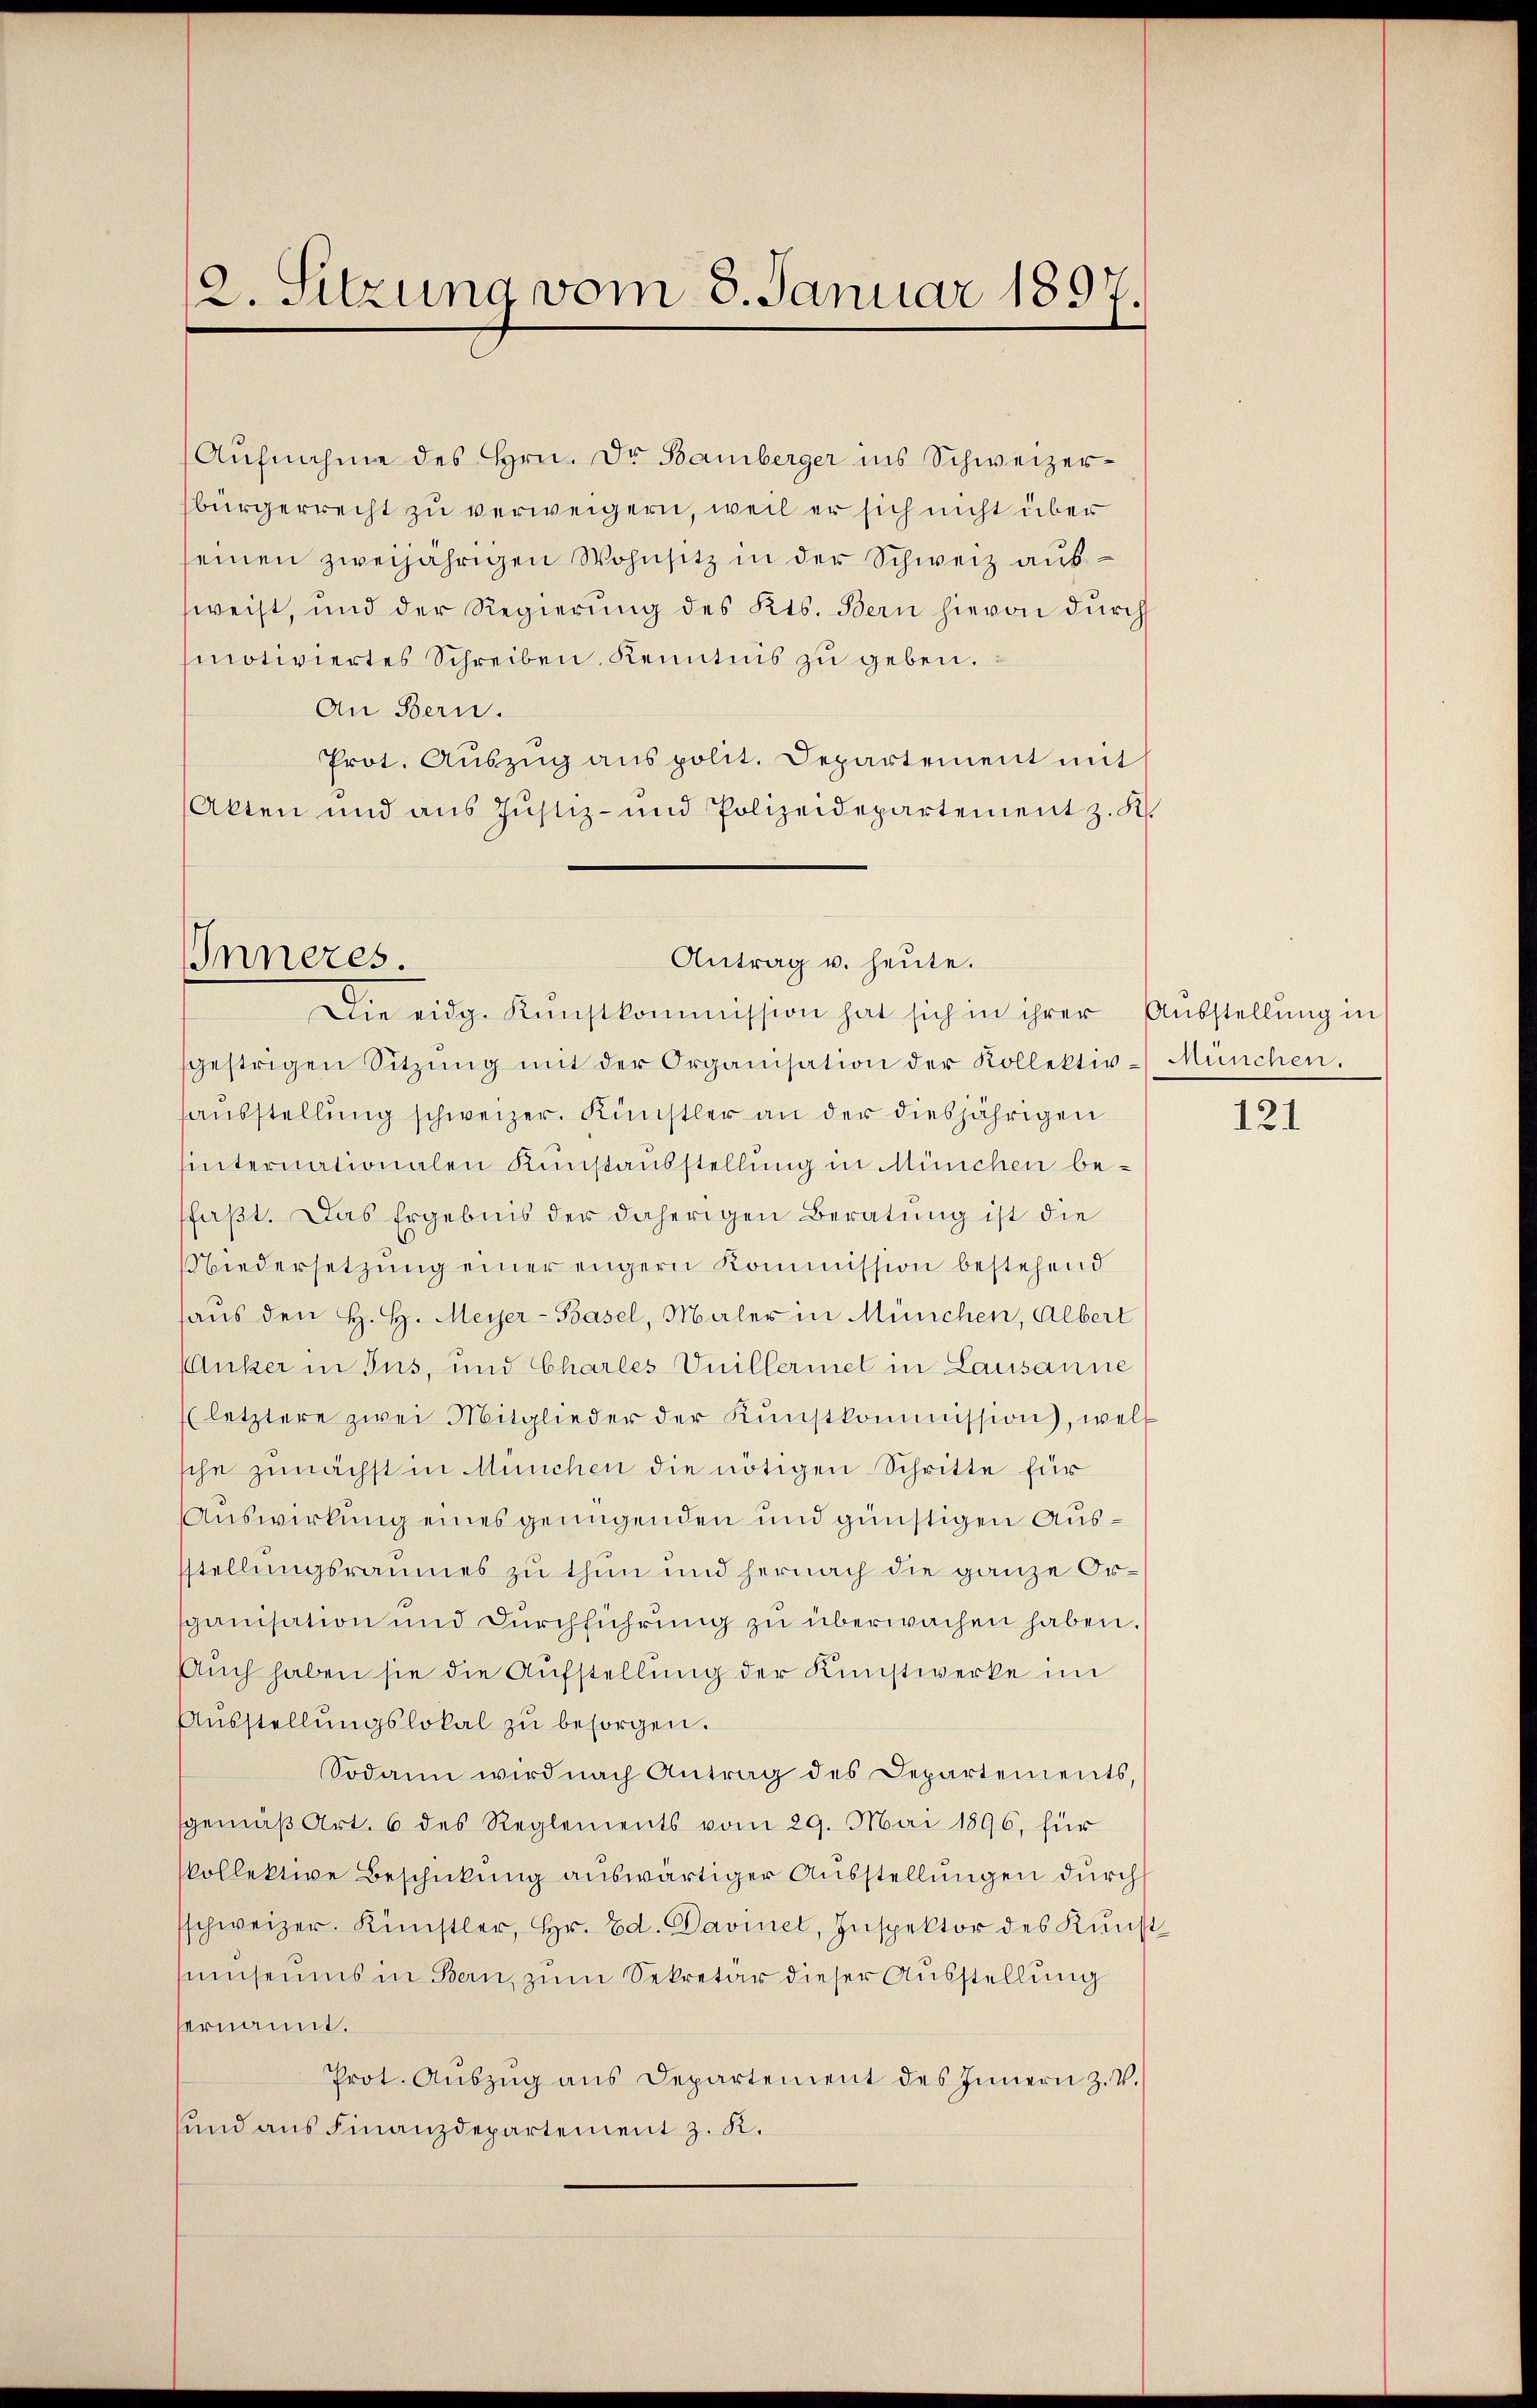
2. Sitzung vom 8. Januar 1897.

Inneres.

Aŭfnahme des Hrn. Dr. Bamberger ins Schweizersbürgerrecht zu verweigern, weil er sich nicht über
seinen zweijährigen Wohnsitz in der Schweiz ausfweist, und der Regierung des Kts. Bern hievon durch
motiviertes Schreiben. Kenntnis zu geben.
An Bern.
Prot. Aŭszŭg anspolit. Departement mit
Akten und aus Justiz- und Polizeidepartement z. R.
fgestrigen Sitzŭng mit der Organisation der Kollektivhausstellung schweizer. Künstler an der diesjährigen
hinternationalen Kunstausstellung in München be-
faβt. Das Ergebnis der daherigen Beratŭng ist die
Niedersetzŭng einer engern Kommission bestehend
haus den H. H. Meyer-Basel, Maler in München, Albert
Anker in Tus, und Charles Unillermet in Lausanne
(letztere zwei Mitglieder der Kŭnstkommission, welt
sche zunächst in München die nötigen Schritte für
Auswirkung eines genügenden und günstigen Ausstellungsraumes zu thun und hernach die ganze Orspanisation und Durchführung zu überwachen haben.
Auch haben sie die Aufstellung der Kunstwerke im
Aŭsstellŭngslokal zŭ besorgen.
Sodann wird nach Antrag des Departements,
sgemäß Art. 6 des Reglements vom 29. Mai 1896, für
Pollektive Beschickung auswärtiger Ausstellungen durch
schweizer. Künstler, Hr. Ed. Davinet, Inspektor des Kŭnst
simuseums in Bern, zum Sekretär dieser Ausstellung
vernannt.
Prot. Aŭszŭg ans Departement des Innern z. V.
sund aus Finanzdepartement z. K.

Antrag u. heute.
Die eidg. Kŭnstkommission hat sich in ihrer Ausstellung in

München.

121